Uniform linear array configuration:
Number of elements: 24
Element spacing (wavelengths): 0.75
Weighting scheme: cosine
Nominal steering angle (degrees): -15
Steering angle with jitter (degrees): -16.588
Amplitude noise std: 0.05
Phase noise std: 0.05

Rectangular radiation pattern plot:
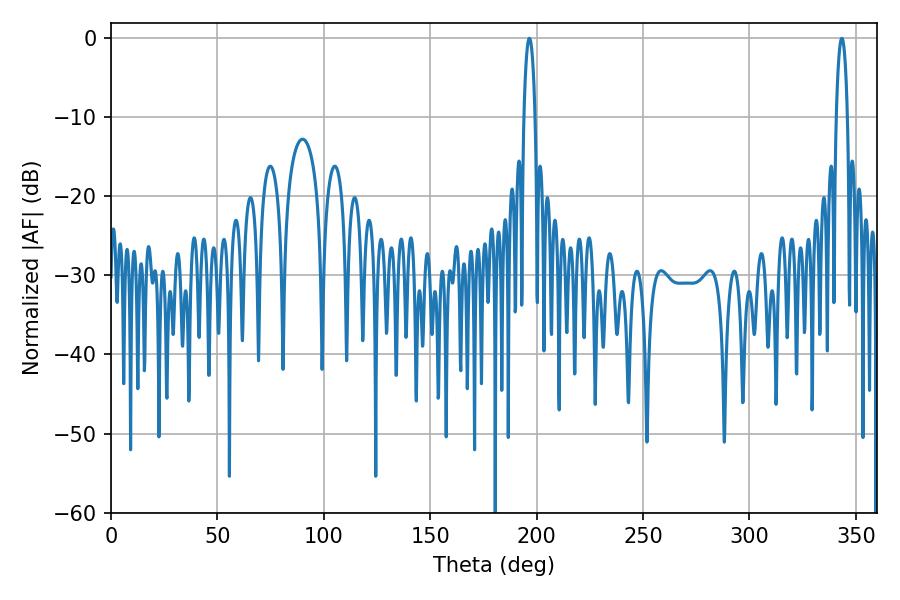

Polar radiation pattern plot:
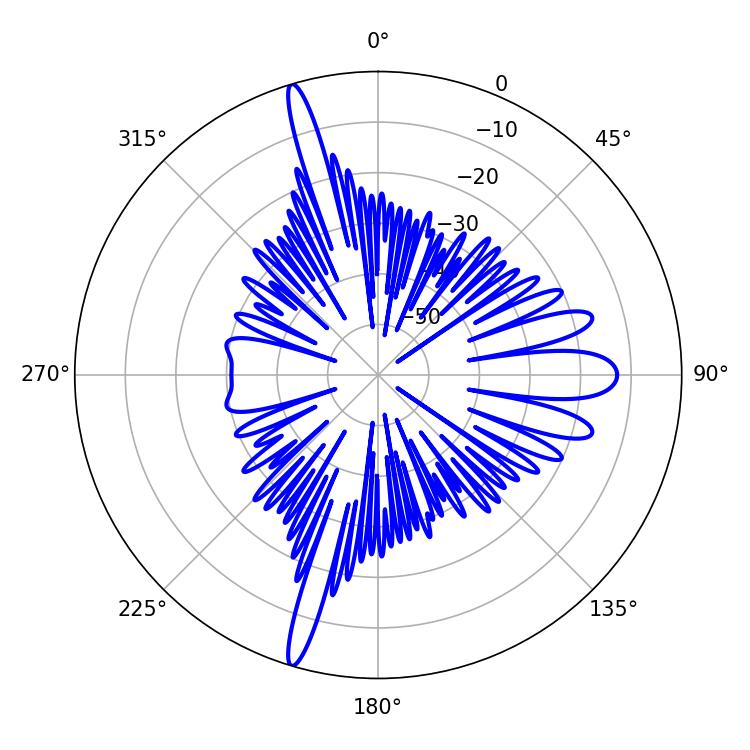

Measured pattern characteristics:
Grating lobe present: TRUE
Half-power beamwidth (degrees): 2.88
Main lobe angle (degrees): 196.56